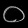
Digit: ၀